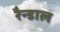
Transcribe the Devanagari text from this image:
रैन्डाल